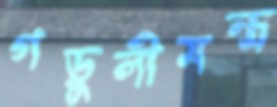
গড়ুলীমন্ত্র